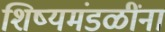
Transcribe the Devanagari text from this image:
शिष्यमंडळींना